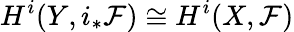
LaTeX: H^{i}(Y,i_{*}{\mathcal{F}})\cong H^{i}(X,{\mathcal{F}})